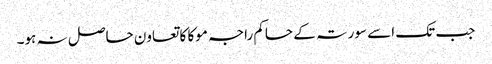
جب تک اسے سورتہ کے حاکم راجہ موکا کا تعاون حاصل نہ ہو۔